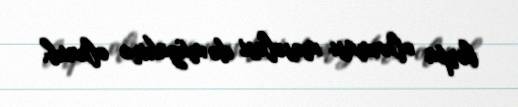
bərpa olunması məsələsi də müzakirə olunub.